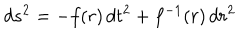
d s ^ { 2 } = - f ( r ) \, d t ^ { 2 } + f ^ { - 1 } ( r ) \, d r ^ { 2 }